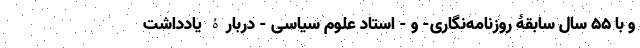
و با 55 سال سابقۀ روزنامه‌نگاری- و - استاد علوم سیاسی - دربارۀ یادداشت